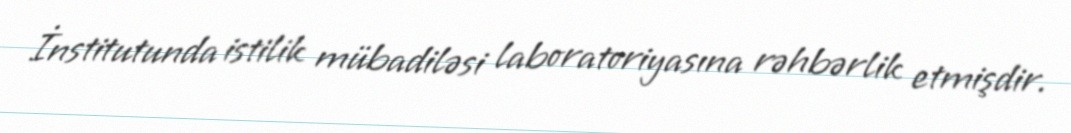
İnstitutunda istilik mübadiləsi laboratoriyasına rəhbərlik etmişdir.